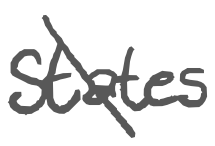
Text: States
Cross-out: diagonal
Writing tool: digital_gray